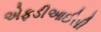
એફડીઆઈસી